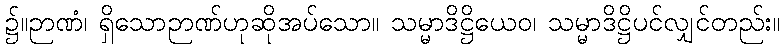
၌။ဉာဏံ၊ ရှိသောဉာဏ်ဟုဆိုအပ်သော။ သမ္မာဒိဋ္ဌိယေဝ၊ သမ္မာဒိဋ္ဌိပင်လျှင်တည်း။